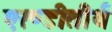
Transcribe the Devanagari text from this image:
एरण्डीतीर्थ